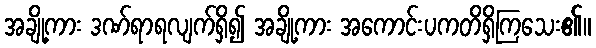
အချို့ကား ဒဏ်ရာရလျက်ရှိ၍ အချို့ကား အကောင်းပကတိရှိကြသေး၏။